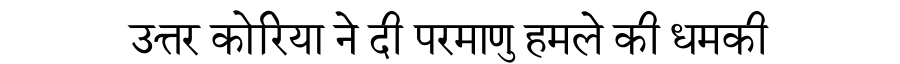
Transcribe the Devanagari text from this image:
उत्तर कोरिया ने दी परमाणु हमले की धमकी